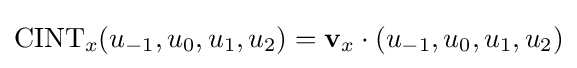
\mathrm {CINT} _{x}(u_{-1},u_{0},u_{1},u_{2})=\mathbf {v} _{x}\cdot \left(u_{-1},u_{0},u_{1},u_{2}\right)